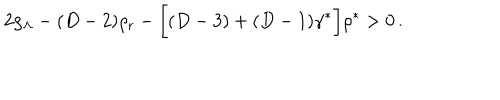
2 \rho _ { \Lambda } - ( D - 2 ) \rho _ { \mathrm { r } } - \biggl [ ( D - 3 ) + ( D - 1 ) \gamma ^ { * } \biggr ] \rho ^ { * } > 0 \, .